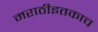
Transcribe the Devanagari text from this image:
मराठीइतकाच